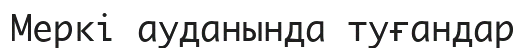
Меркі ауданында туғандар